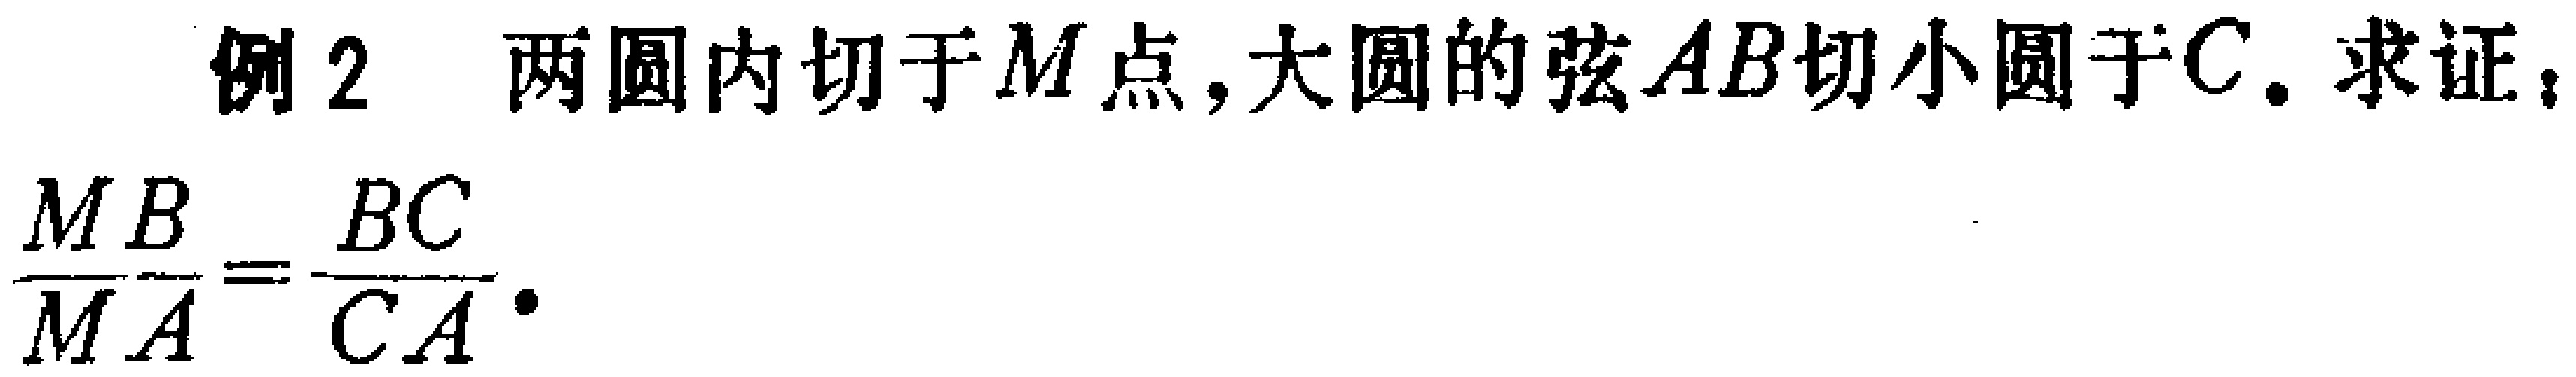
例2 两圆内切于\(M\)点，大圆的弦\(AB\)切小圆于\(C\)。求证：

\(\frac{MB}{MA}=\frac{BC}{CA}\)